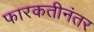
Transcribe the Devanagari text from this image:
फारकतीनंतर